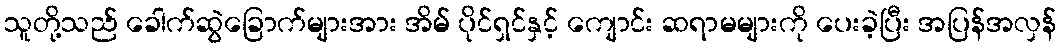
သူတို့သည် ခေါက်ဆွဲခြောက်များအား အိမ် ပိုင်ရှင်နှင့် ကျောင်း ဆရာမများကို ပေးခဲ့ပြီး အပြန်အလှန်